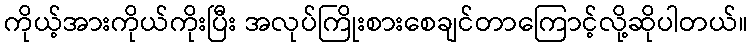
ကိုယ့်အားကိုယ်ကိုးပြီး အလုပ်ကြိုးစားစေချင်တာကြောင့်လို့ဆိုပါတယ်။